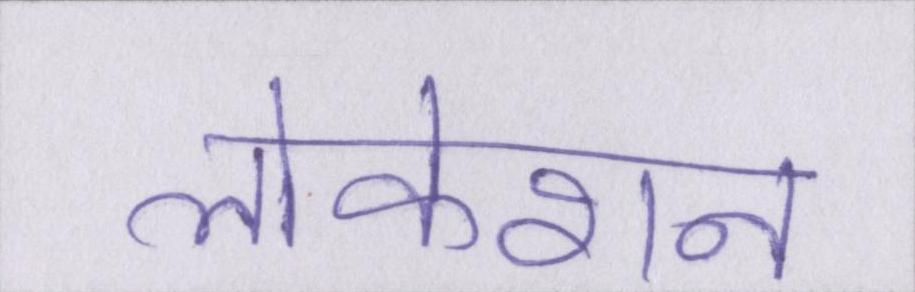
लोकेशन